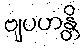
ဗျပဟန္တိ